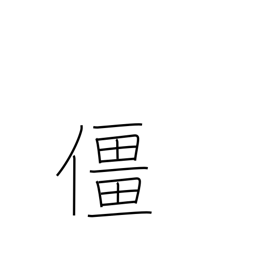
Meaning: collapse